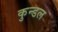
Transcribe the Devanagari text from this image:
कुन्डल